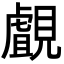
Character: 覰